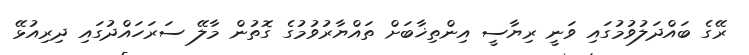
ރޭގެ ބައްދަލުވުމުގައި ވަނީ ރިޔާސީ އިންތިޚާބަށް ތައްޔާރުވުމުގެ ގޮތުން މާލޭ ސަރަހައްދުގައި ދިރިއުޅޭ